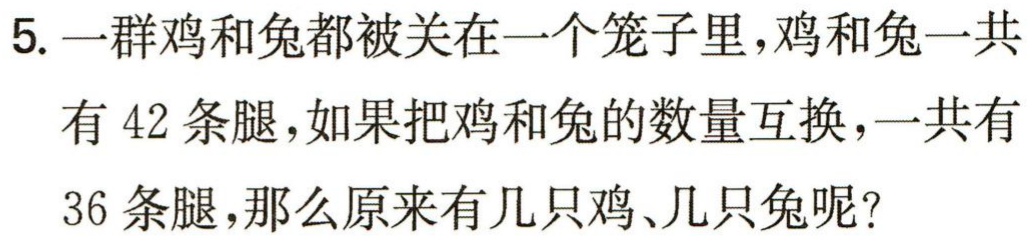
5. 一群鸡和兔都被关在一个笼子里，鸡和兔一共有 42 条腿，如果把鸡和兔的数量互换，一共有36 条腿，那么原来有几只鸡、几只兔呢？